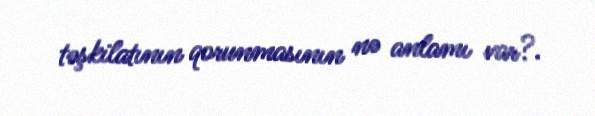
təşkilatının qorunmasının nə anlamı var?.